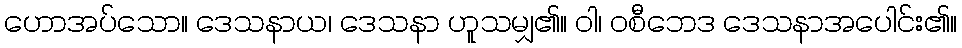
ဟောအပ်သော။ ဒေသနာယ၊ ဒေသနာ ဟူသမျှ၏။ ဝါ၊ ဝစီဘေဒ ဒေသနာအပေါင်း၏။